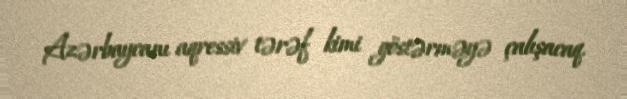
Azərbaycanı aqressiv tərəf kimi göstərməyə çalışacaq.